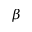
\beta